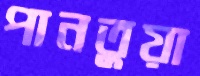
পানতুয়া